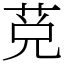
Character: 莌